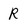
Character: R